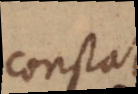
constat